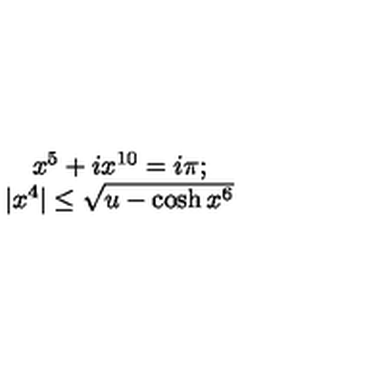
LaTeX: \begin{array} { c } { x ^ { 5 } + i x ^ { 1 0 } = i \pi ; } \\ { | x ^ { 4 } | \leq \sqrt { u - \cosh x ^ { 6 } } } \\ \end{array}